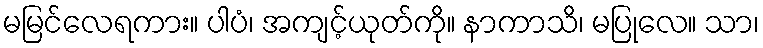
မမြင်လေရကား။ ပါပံ၊ အကျင့်ယုတ်ကို။ နာကာသိ၊ မပြုလေ။ သာ၊